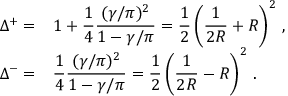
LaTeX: \begin{array} { r l } { { \displaystyle \Delta ^ { + } = } } & { { 1 + \displaystyle \frac { 1 } { 4 } \displaystyle \frac { ( \gamma / \pi ) ^ { 2 } } { 1 - \gamma / \pi } = \displaystyle \frac { 1 } { 2 } \left( \displaystyle \frac { 1 } { 2 R } + R \right) ^ { 2 } \, , } } \\ { { \Delta ^ { - } = } } & { { \displaystyle \frac { 1 } { 4 } \displaystyle \frac { ( \gamma / \pi ) ^ { 2 } } { 1 - \gamma / \pi } = \displaystyle \frac { 1 } { 2 } \left( \displaystyle \frac { 1 } { 2 R } - R \right) ^ { 2 } \, . } } \end{array}